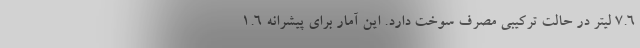
7.6 لیتر در حالت ترکیبی مصرف سوخت دارد. این آمار برای پیشرانه 1.6